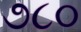
૭૮૦